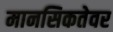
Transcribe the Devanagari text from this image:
मानसिकतेवर